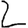
Digit: 2